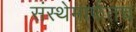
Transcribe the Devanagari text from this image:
संस्थेमार्फतच